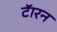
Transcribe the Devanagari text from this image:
टॅारन